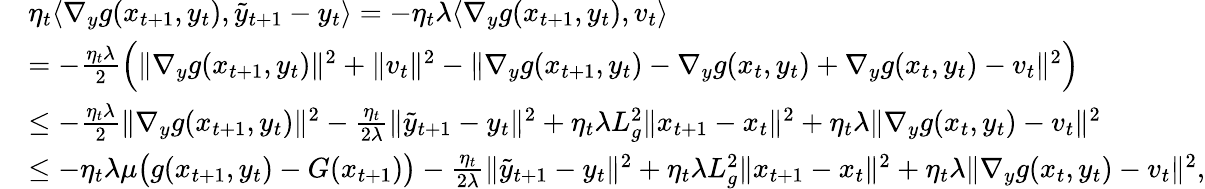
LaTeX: \begin{array}{rl}&{\eta_{t}\langle\nabla_{y}g(x_{t+1},y_{t}),\tilde{y}_{t+1}-y_{t}\rangle=-\eta_{t}\lambda\langle\nabla_{y}g(x_{t+1},y_{t}),v_{t}\rangle}\\ &{=-\frac{\eta_{t}\lambda}{2}\Big(\| \nabla_{y}g(x_{t+1},y_{t})\| ^{2}+\| v_{t}\| ^{2}-\| \nabla_{y}g(x_{t+1},y_{t})-\nabla_{y}g(x_{t},y_{t})+\nabla_{y}g(x_{t},y_{t})-v_{t}\| ^{2}\Big)}\\ &{\leq-\frac{\eta_{t}\lambda}{2}\| \nabla_{y}g(x_{t+1},y_{t})\| ^{2}-\frac{\eta_{t}}{2\lambda}\| \tilde{y}_{t+1}-y_{t}\| ^{2}+\eta_{t}\lambda L_{g}^{2}\| x_{t+1}-x_{t}\| ^{2}+\eta_{t}\lambda\| \nabla_{y}g(x_{t},y_{t})-v_{t}\| ^{2}}\\ &{\leq-\eta_{t}\lambda\mu\big(g(x_{t+1},y_{t})-G(x_{t+1})\big)-\frac{\eta_{t}}{2\lambda}\| \tilde{y}_{t+1}-y_{t}\| ^{2}+\eta_{t}\lambda L_{g}^{2}\| x_{t+1}-x_{t}\| ^{2}+\eta_{t}\lambda\| \nabla_{y}g(x_{t},y_{t})-v_{t}\| ^{2},}\end{array}